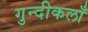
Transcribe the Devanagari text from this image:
गुन्दीकलाँ